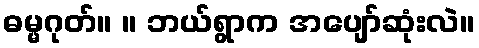
ဓမ္မဂုတ်။ ။ ဘယ်ရွာက အပျော်ဆုံးလဲ။